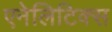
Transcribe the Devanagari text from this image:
एनेलिटिक्स